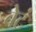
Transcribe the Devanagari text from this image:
बेटं